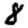
Digit: 8